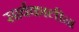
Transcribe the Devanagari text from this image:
सार्वकालीन